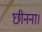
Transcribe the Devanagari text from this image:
छीनना।